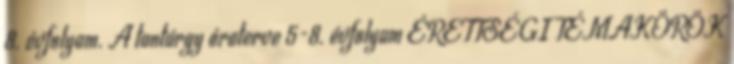
8. évfolyam. A tantárgy óraterve 5-8. évfolyam ÉRETTSÉGI TÉMAKÖRÖK